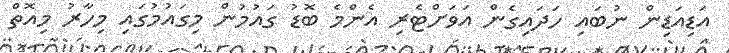
އަޑިއަޑިން ނުބައި ހަދައިގެން އަވަށްޓެރި އެންމެ ބޮޑު ގައުމުން މިގައުމުގައި މިހާރު މިއޮތް